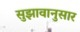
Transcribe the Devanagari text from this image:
सुझावानुसार